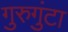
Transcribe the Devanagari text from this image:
गुरुगुंटा